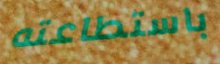
باستطاعته